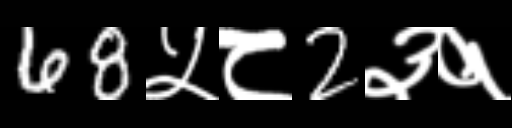
Text: 68५८2३१